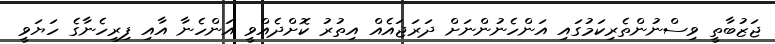
ޖަޒުބާތީ ވިސްނުންތެރިކަމުގައި އަންހެނުންނަށް ދަރަޖައެއް އިތުރު ކޮށްދެއްވީ އަންހެނާ އާއި ފިރިހެނާގެ ހަޔަވީ